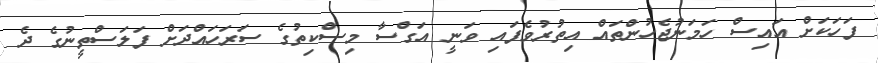
ފަހަކަށް އައިސް ހަމަނުޖެހުންތައް އިތުރުވެފައި ވަނީ އަގްސާ މިސްކިތުގެ ސަރަހައްދަށް ފަލަސްތީނުގެ ދެ